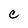
Character: C